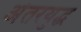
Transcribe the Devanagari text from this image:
अंतरयुद्ध